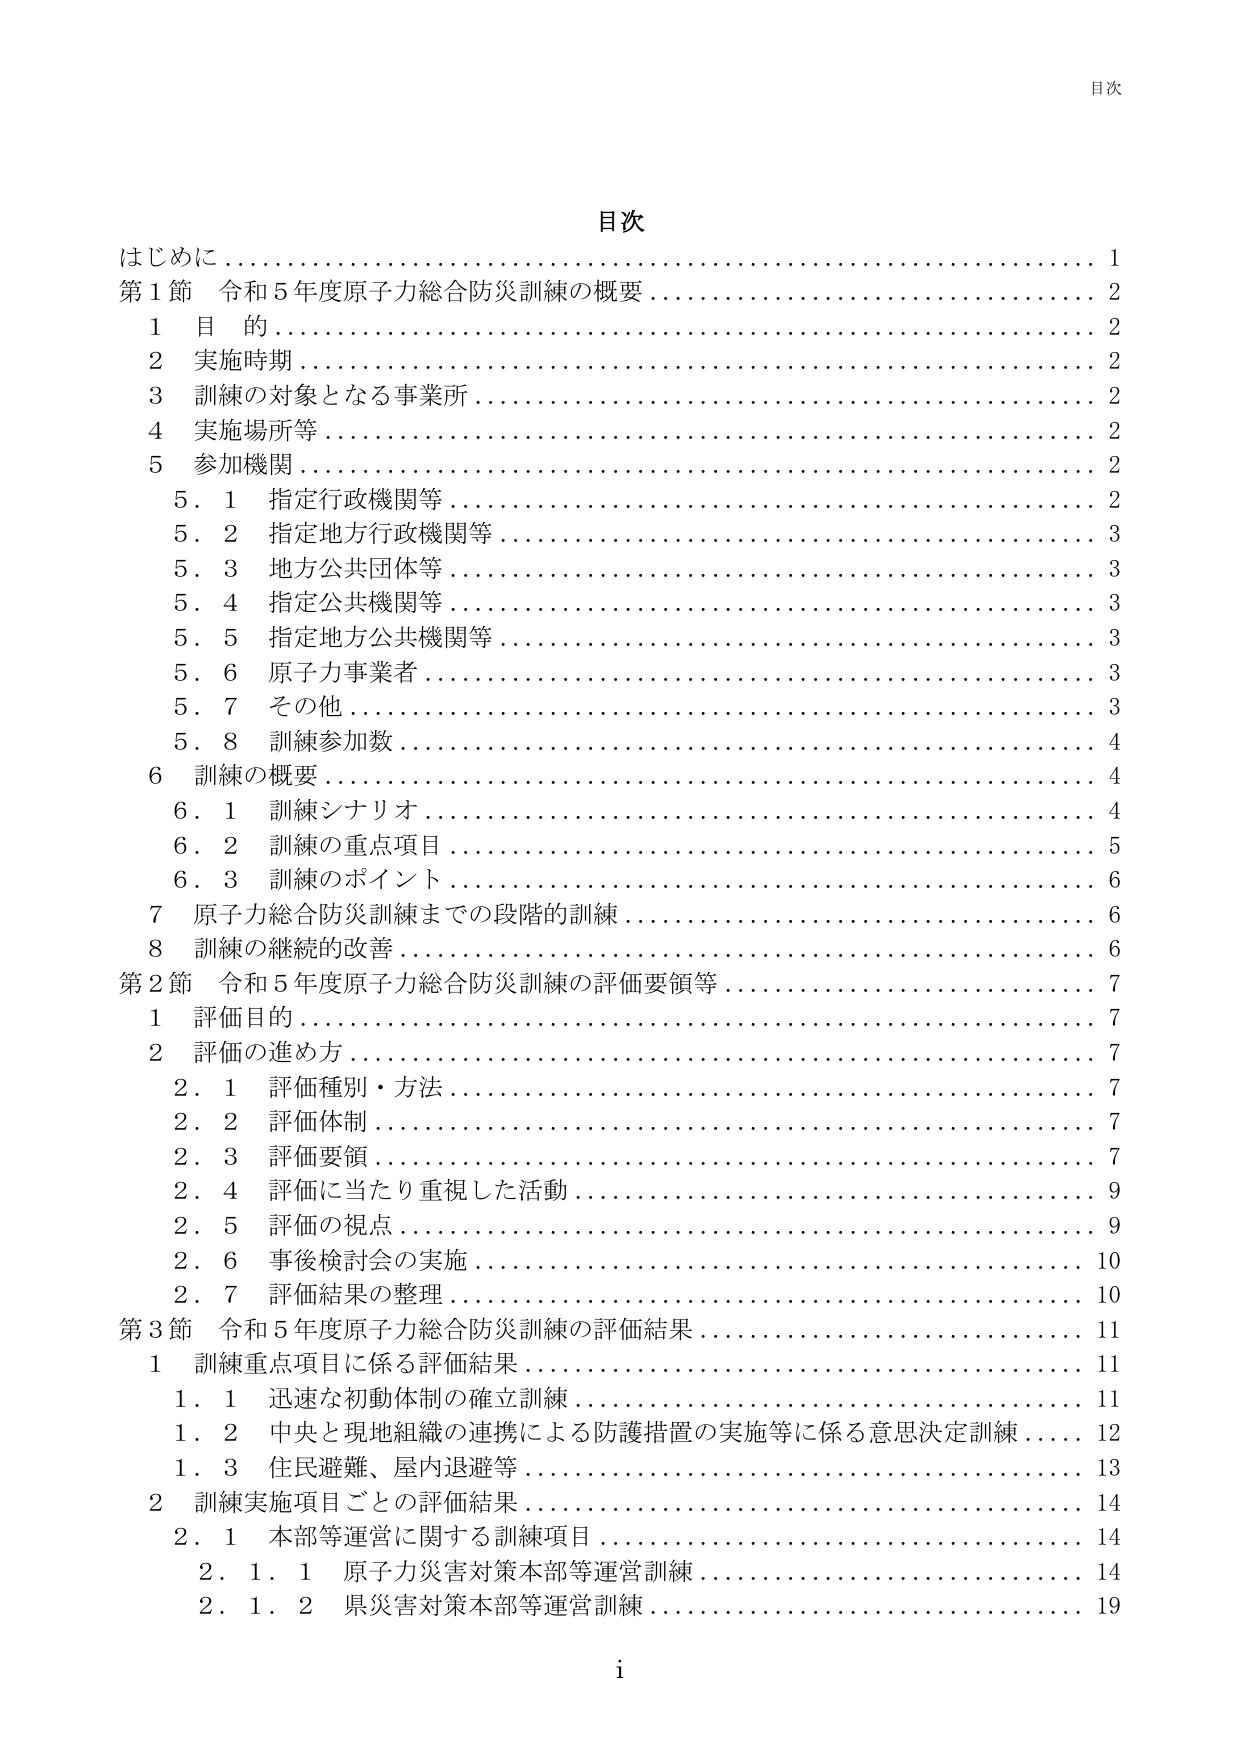
目次
はじめに……………………………………………………………………… 1
第1節 令和5年度原子力総合防災訓練の概要………………………………… 2
　1 目的……………………………………………………………………… 2
　2 実施時期………………………………………………………………… 2
　3 訓練の対象となる事業所………………………………………………… 2
　4 実施場所等……………………………………………………………… 2
　5 参加機関………………………………………………………………… 2
　　5.1 指定行政機関等……………………………………………………… 2
　　5.2 指定地方行政機関等………………………………………………… 3
　　5.3 地方公共団体等……………………………………………………… 3
　　5.4 指定公共機関等……………………………………………………… 3
　　5.5 指定地方公共機関等………………………………………………… 3
　　5.6 原子力事業者………………………………………………………… 3
　　5.7 その他………………………………………………………………… 3
　　5.8 訓練参加数…………………………………………………………… 4
　6 訓練の概要……………………………………………………………… 4
　　6.1 訓練シナリオ………………………………………………………… 4
　　6.2 訓練の重点項目……………………………………………………… 5
　　6.3 訓練のポイント……………………………………………………… 6
　7 原子力総合防災訓練までの段階的訓練………………………………… 6
　8 訓練の継続的改善……………………………………………………… 6
第2節 令和5年度原子力総合防災訓練の評価要領等……………………… 7
　1 評価目的………………………………………………………………… 7
　2 評価の進め方…………………………………………………………… 7
　　2.1 評価種別・方法……………………………………………………… 7
　　2.2 評価体制…………………………………………………………… 7
　　2.3 評価要領…………………………………………………………… 7
　　2.4 評価に当たり重視した活動………………………………………… 9
　　2.5 評価の視点…………………………………………………………… 9
　　2.6 事後検討会の実施…………………………………………………… 10
　　2.7 評価結果の整理……………………………………………………… 10
第3節 令和5年度原子力総合防災訓練の評価結果………………………… 11
　1 訓練重点項目に係る評価結果………………………………………… 11
　　1.1 迅速な初動体制の確立訓練………………………………………… 11
　　1.2 中央と現地組織の連携による防護措置の実施等に係る意思決定訓練 12
　　1.3 住民避難、屋内退避等……………………………………………… 13
　2 訓練実施項目ごとの評価結果………………………………………… 14
　　2.1 本部等運営に関する訓練項目……………………………………… 14
　　　2.1.1 原子力災害対策本部等運営訓練………………………………… 14
　　　2.1.2 県災害対策本部等運営訓練……………………………………… 19
i